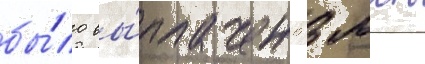
бы́ло вы́плачено 3 млн